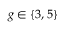
g \in \{ 3 , 5 \}